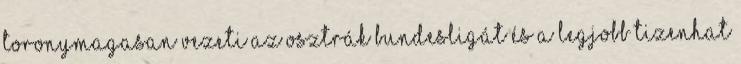
toronymagasan vezeti az osztrák Bundesligát és a legjobb tizenhat